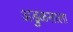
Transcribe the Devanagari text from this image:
अडुळसाला